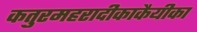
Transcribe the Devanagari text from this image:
कतुरमहरादीकाकैयीका